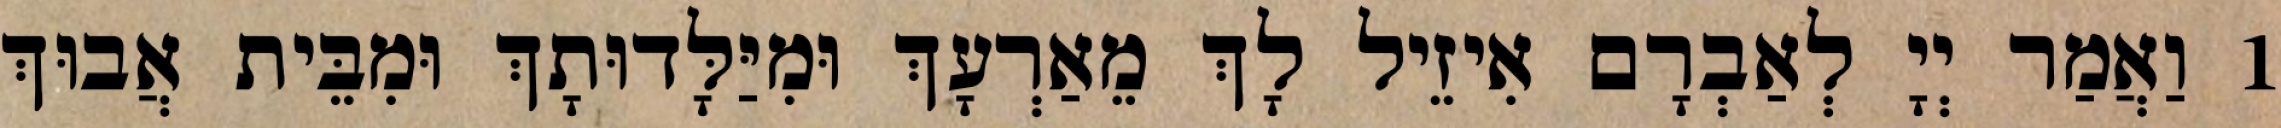
1 וַאֲמַר יְיָ לְאַבְרָם אִיזֵיל לָךְ מֵאַרְעָךְ וּמִיַּלָּדוּתָךְ וּמִבֵּית אֲבוּךְ